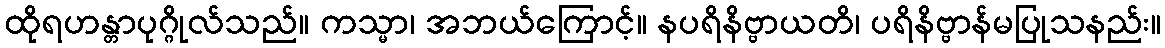
ထိုရဟန္တာပုဂ္ဂိုလ်သည်။ ကသ္မာ၊ အဘယ်ကြောင့်။ နပရိနိဗ္ဗာယတိ၊ ပရိနိဗ္ဗာန်မပြုသနည်း။